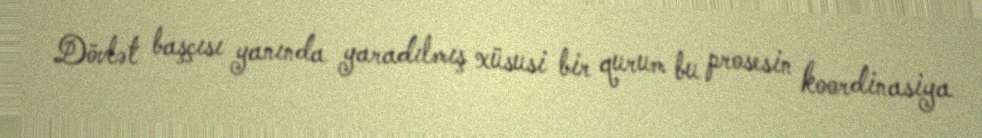
Dövlət başçısı yanında yaradılmış xüsusi bir qurum bu prosesin koordinasiya